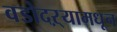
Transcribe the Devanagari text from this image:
वडोदऱ्यामधून